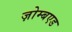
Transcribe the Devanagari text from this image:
ज़ोम्बएड